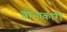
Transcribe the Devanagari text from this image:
शोभाकारी